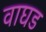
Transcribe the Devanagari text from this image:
वाघड